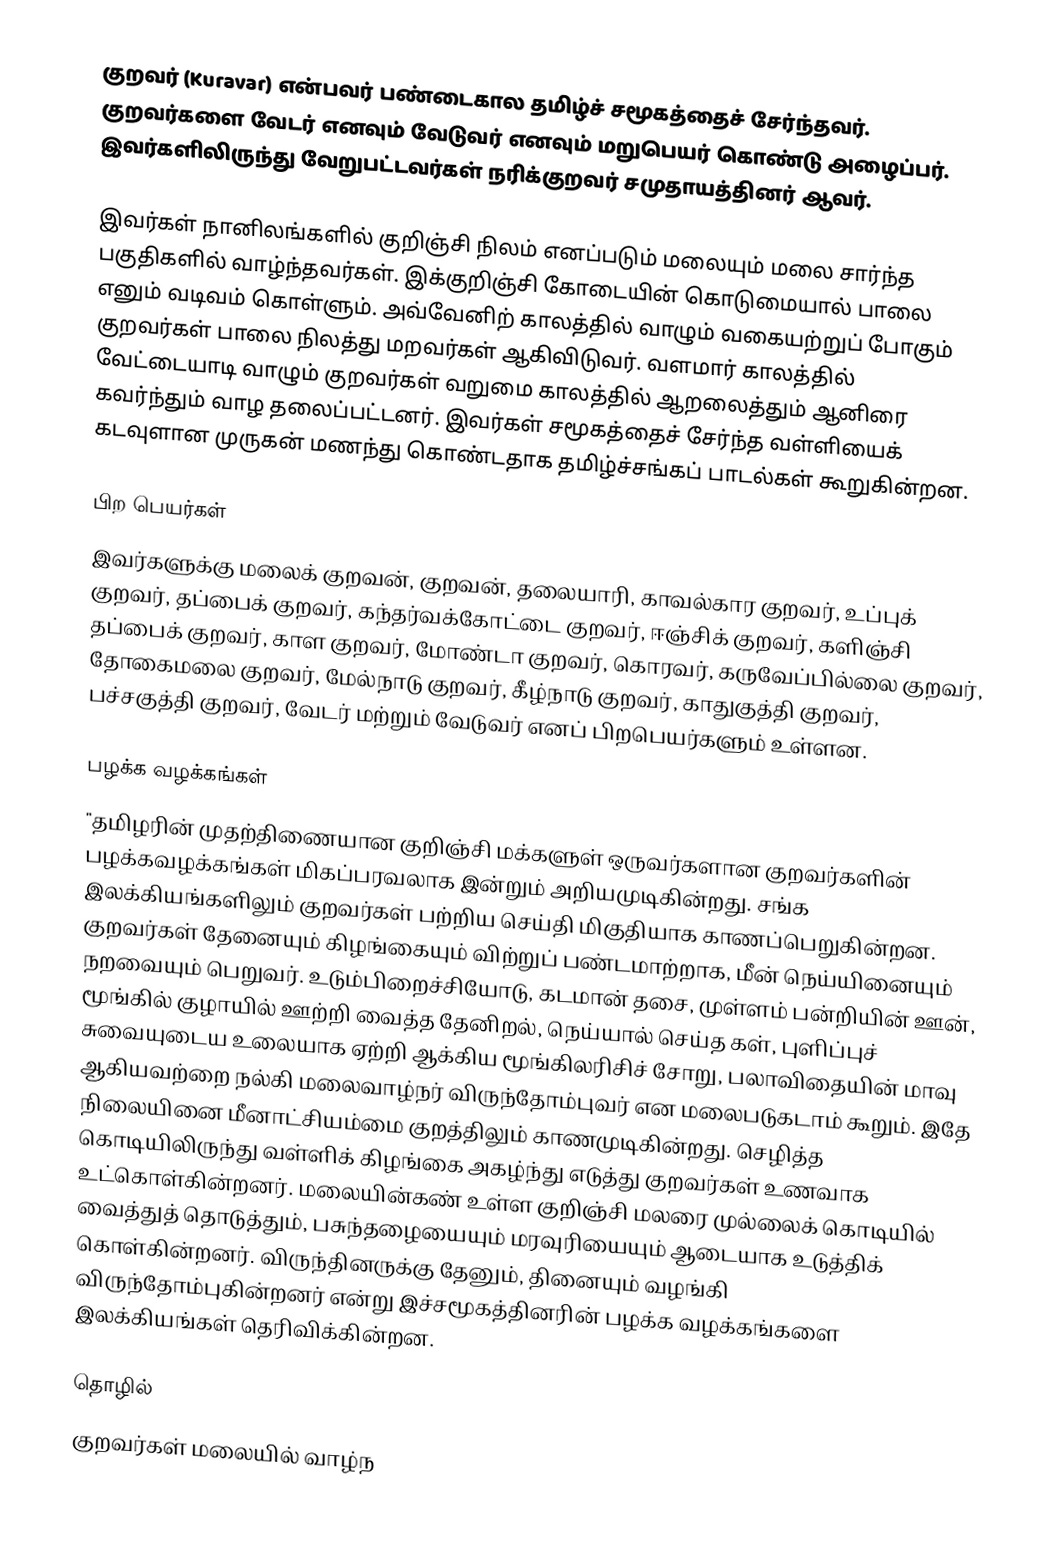
குறவர் (Kuravar) என்பவர்  பண்டைகால தமிழ்ச் சமூகத்தைச் சேர்ந்தவர். குறவர்களை வேடர் எனவும் வேடுவர் எனவும் மறுபெயர் கொண்டு அழைப்பர். இவர்களிலிருந்து வேறுபட்டவர்கள் நரிக்குறவர் சமுதாயத்தினர் ஆவர்.

இவர்கள் நானிலங்களில் குறிஞ்சி நிலம் எனப்படும் மலையும் மலை சார்ந்த பகுதிகளில் வாழ்ந்தவர்கள். இக்குறிஞ்சி கோடையின் கொடுமையால் பாலை எனும் வடிவம் கொள்ளும். அவ்வேனிற் காலத்தில் வாழும் வகையற்றுப் போகும் குறவர்கள் பாலை நிலத்து மறவர்கள் ஆகிவிடுவர். வளமார் காலத்தில் வேட்டையாடி வாழும் குறவர்கள் வறுமை காலத்தில் ஆறலைத்தும் ஆனிரை கவர்ந்தும் வாழ தலைப்பட்டனர். இவர்கள் சமூகத்தைச் சேர்ந்த வள்ளியைக் கடவுளான முருகன் மணந்து கொண்டதாக தமிழ்ச்சங்கப் பாடல்கள் கூறுகின்றன.

பிற பெயர்கள்
இவர்களுக்கு மலைக் குறவன், குறவன், தலையாரி, காவல்கார குறவர், உப்புக் குறவர், தப்பைக் குறவர், கந்தர்வக்கோட்டை குறவர், ஈஞ்சிக் குறவர், களிஞ்சி தப்பைக் குறவர், காள குறவர், மோண்டா குறவர், கொரவர், கருவேப்பில்லை குறவர், தோகைமலை குறவர், மேல்நாடு குறவர், கீழ்நாடு குறவர், காதுகுத்தி குறவர், பச்சகுத்தி குறவர், வேடர் மற்றும் வேடுவர் எனப் பிறபெயர்களும் உள்ளன.

பழக்க வழக்கங்கள்
"தமிழரின் முதற்திணையான குறிஞ்சி மக்களுள் ஒருவர்களான குறவர்களின் பழக்கவழக்கங்கள் மிகப்பரவலாக இன்றும் அறியமுடிகின்றது. சங்க இலக்கியங்களிலும் குறவர்கள் பற்றிய செய்தி மிகுதியாக காணப்பெறுகின்றன. குறவர்கள் தேனையும் கிழங்கையும் விற்றுப் பண்டமாற்றாக, மீன் நெய்யினையும் நறவையும் பெறுவர். உடும்பிறைச்சியோடு, கடமான் தசை, முள்ளம் பன்றியின் ஊன், மூங்கில் குழாயில் ஊற்றி வைத்த தேனிறல், நெய்யால் செய்த கள், புளிப்புச் சுவையுடைய உலையாக ஏற்றி ஆக்கிய மூங்கிலரிசிச் சோறு, பலாவிதையின் மாவு ஆகியவற்றை நல்கி மலைவாழ்நர் விருந்தோம்புவர் என மலைபடுகடாம் கூறும். இதே நிலையினை மீனாட்சியம்மை குறத்திலும் காணமுடிகின்றது. செழித்த கொடியிலிருந்து வள்ளிக் கிழங்கை அகழ்ந்து எடுத்து குறவர்கள் உணவாக உட்கொள்கின்றனர். மலையின்கண் உள்ள குறிஞ்சி மலரை முல்லைக் கொடியில் வைத்துத் தொடுத்தும், பசுந்தழையையும் மரவுரியையும் ஆடையாக உடுத்திக் கொள்கின்றனர். விருந்தினருக்கு தேனும், தினையும் வழங்கி விருந்தோம்புகின்றனர் என்று இச்சமூகத்தினரின் பழக்க வழக்கங்களை இலக்கியங்கள் தெரிவிக்கின்றன.

தொழில்
குறவர்கள் மலையில் வாழ்ந